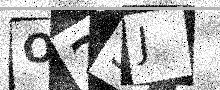
Text: O25J